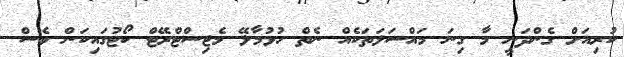
ކުރިއަށް ގެންދަނީ މާ ގިނަ މައްސަލަތަކެއް ނެތް ހުޅުމާލޭ މެޖިސްޓްރޭޓް ކޯޓުގައިކަން ވެސް